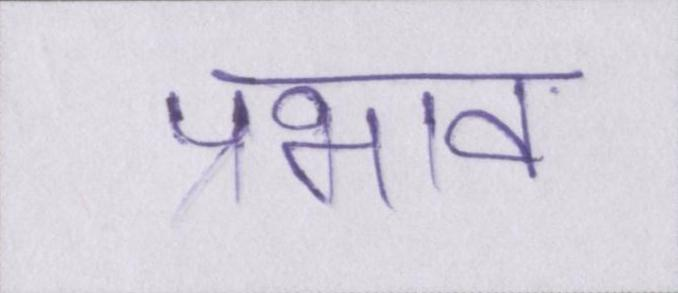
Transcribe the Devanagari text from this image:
प्रभाव